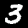
Label: 3